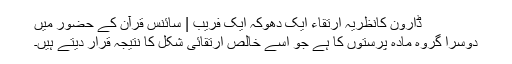
ڈارون کانظریہ ارتقاء ایک دھوکہ ایک فریب | سائنس قرآن کے حضور میں
دوسرا گروہ مادہ پرستوں کا ہے جو اسے خالص ارتقائی شکل کا نتیجہ قرار دیتے ہیں۔